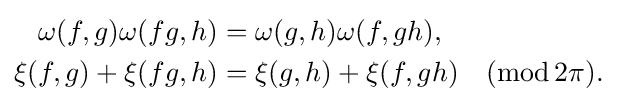
{\begin{aligned}\omega (f,g)\omega (fg,h)&=\omega (g,h)\omega (f,gh),\\\xi (f,g)+\xi (fg,h)&=\xi (g,h)+\xi (f,gh)\quad (\operatorname {mod} 2\pi ).\end{aligned}}